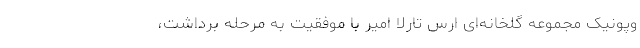
وپونیک مجموعه گلخانه‌ای ارس تارلا امیر با موفقیت به مرحله برداشت،